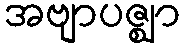
အဗျာပဇ္ဈာ